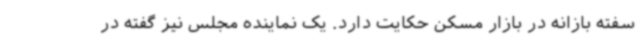
سفته بازانه در بازار مسکن حکایت دارد. یک نماینده مجلس نیز گفته در